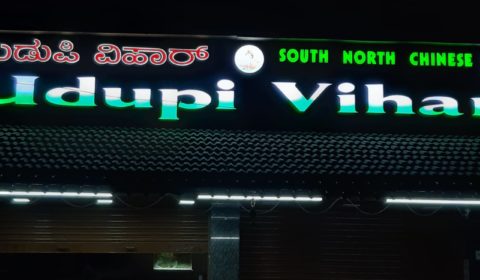
Language: kannada
Transcription: ಡುಪಿ ವಿಹಾರ್